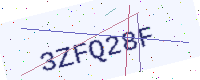
Text: 3ZFQ28F